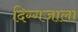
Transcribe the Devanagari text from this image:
दिग्गजाला